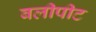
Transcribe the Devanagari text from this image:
बलीपीट